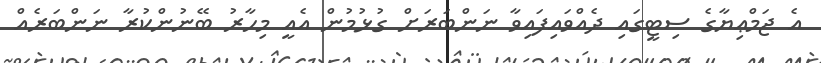
އެ ޖަމްޢިޔާގެ ސިޓީގައި ދެއްވައިފައިވާ ނަންބަރަށް ގުޅުމުން އެއީ މިހާރު ބޭނުންކުރާ ނަންބަރެއް